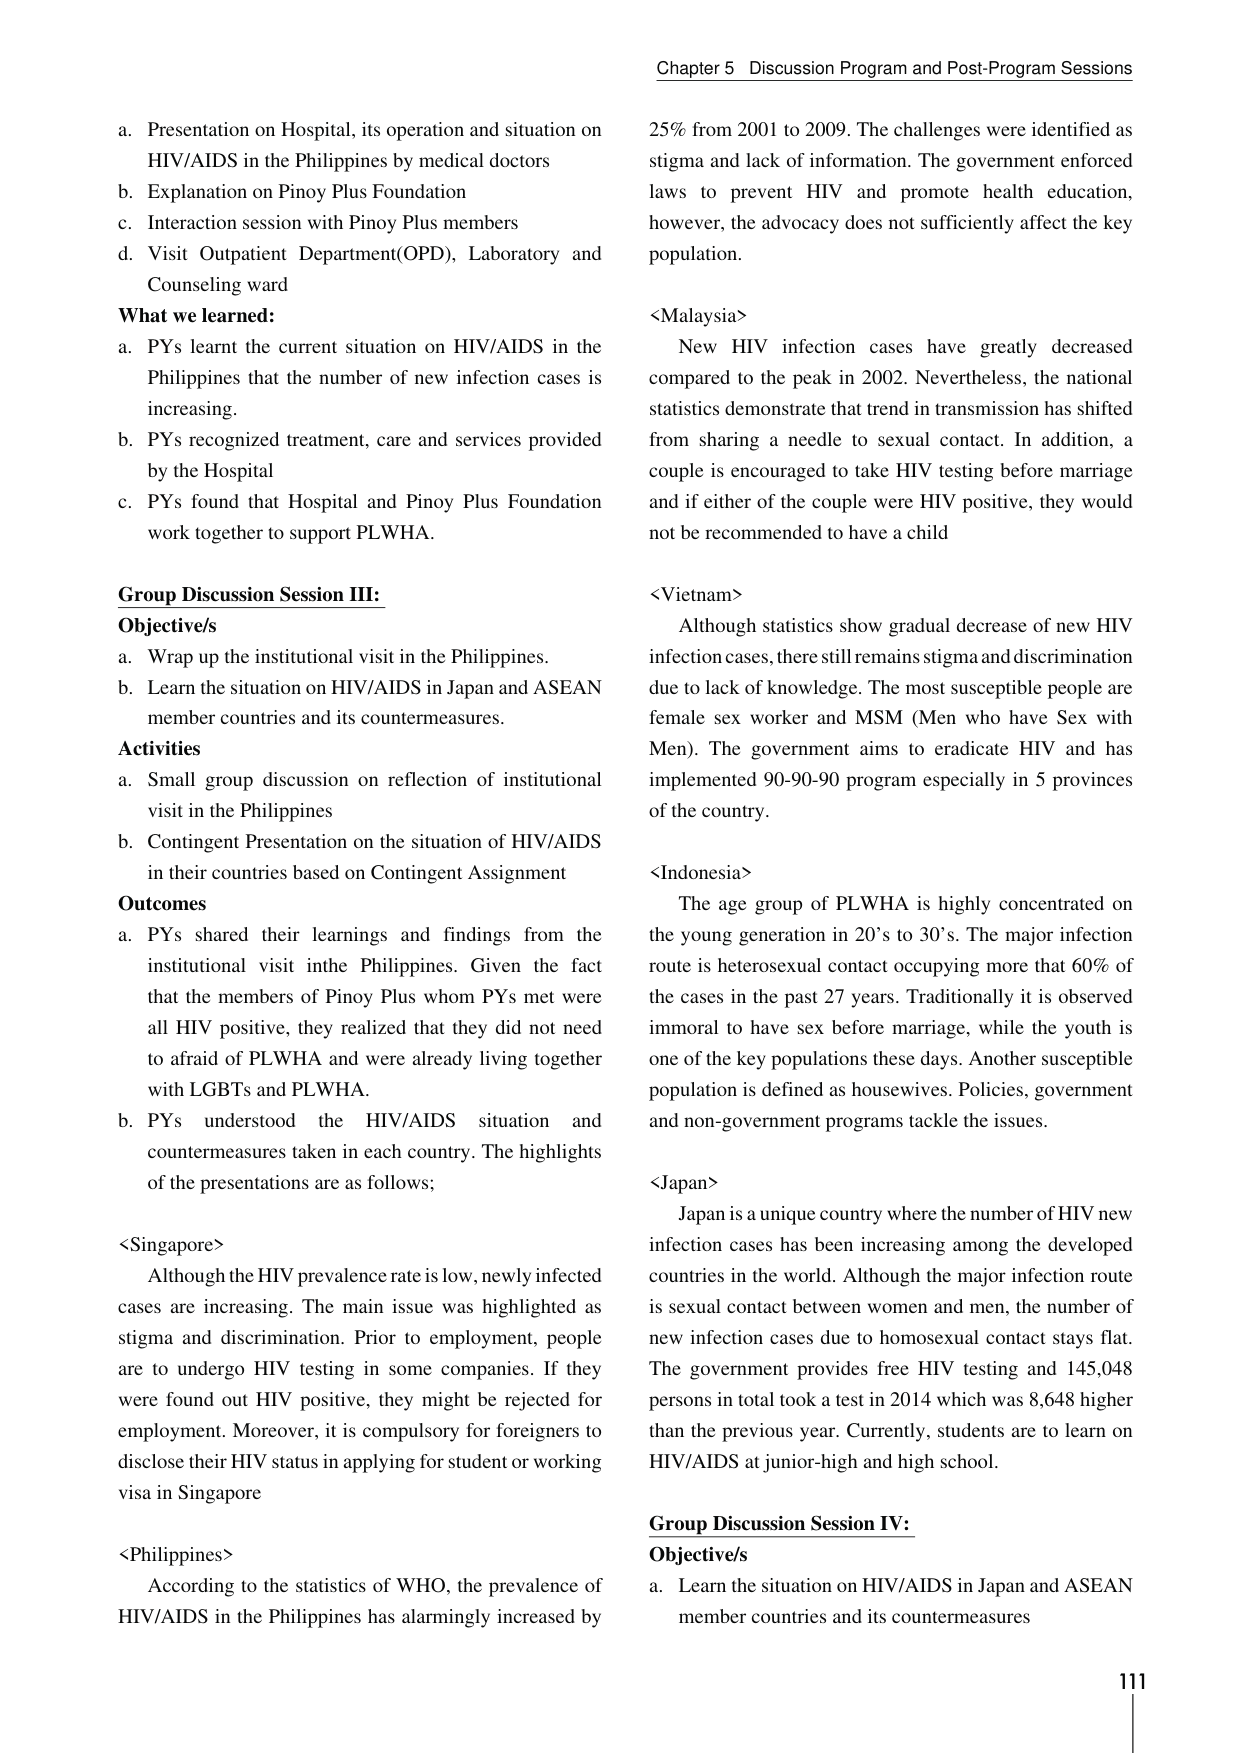
Chapter 5 Discussion Program and Post-Program Sessions

a. Presentation on Hospital, its operation and situation on HIV/AIDS in the Philippines by medical doctors
b. Explanation on Pinoy Plus Foundation
c. Interaction session with Pinoy Plus members
d. Visit Outpatient Department(OPD), Laboratory and Counseling ward

What we learned:
a. PYs learnt the current situation on HIV/AIDS in the Philippines that the number of new infection cases is increasing.
b. PYs recognized treatment, care and services provided by the Hospital
c. PYs found that Hospital and Pinoy Plus Foundation work together to support PLWHA.

Group Discussion Session III:
Objective/s
a. Wrap up the institutional visit in the Philippines.
b. Learn the situation on HIV/AIDS in Japan and ASEAN member countries and its countermeasures.

Activities
a. Small group discussion on reflection of institutional visit in the Philippines
b. Contingent Presentation on the situation of HIV/AIDS in their countries based on Contingent Assignment

Outcomes
a. PYs shared their learnings and findings from the institutional visit in the Philippines. Given the fact that the members of Pinoy Plus whom PYs met were all HIV positive, they realized that they did not need to afraid of PLWHA and were already living together with LGBTs and PLWHA.
b. PYs understood the HIV/AIDS situation and countermeasures taken in each country. The highlights of the presentations are as follows;

<Singapore>
Although the HIV prevalence rate is low, newly infected cases are increasing. The main issue was highlighted as stigma and discrimination. Prior to employment, people are to undergo HIV testing in some companies. If they were found out HIV positive, they might be rejected for employment. Moreover, it is compulsory for foreigners to disclose their HIV status in applying for student or working visa in Singapore

<Philippines>
According to the statistics of WHO, the prevalence of HIV/AIDS in the Philippines has alarmingly increased by 25% from 2001 to 2009. The challenges were identified as stigma and lack of information. The government enforced laws to prevent HIV and promote health education, however, the advocacy does not sufficiently affect the key population.

<Malaysia>
New HIV infection cases have greatly decreased compared to the peak in 2002. Nevertheless, the national statistics demonstrate that trend in transmission has shifted from sharing a needle to sexual contact. In addition, a couple is encouraged to take HIV testing before marriage and if either of the couple were HIV positive, they would not be recommended to have a child

<Vietnam>
Although statistics show gradual decrease of new HIV infection cases, there still remains stigma and discrimination due to lack of knowledge. The most susceptible people are female sex worker and MSM (Men who have Sex with Men). The government aims to eradicate HIV and has implemented 90-90-90 program especially in 5 provinces of the country.

<Indonesia>
The age group of PLWHA is highly concentrated on the young generation in 20’s to 30’s. The major infection route is heterosexual contact occupying more that 60% of the cases in the past 27 years. Traditionally it is observed immoral to have sex before marriage, while the youth is one of the key populations these days. Another susceptible population is defined as housewives. Policies, government and non-government programs tackle the issues.

<Japan>
Japan is a unique country where the number of HIV new infection cases has been increasing among the developed countries in the world. Although the major infection route is sexual contact between women and men, the number of new infection cases due to homosexual contact stays flat. The government provides free HIV testing and 145,048 persons in total took a test in 2014 which was 8,648 higher than the previous year. Currently, students are to learn on HIV/AIDS at junior-high and high school.

Group Discussion Session IV:
Objective/s
a. Learn the situation on HIV/AIDS in Japan and ASEAN member countries and its countermeasures

111